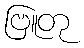
ဗြူတု